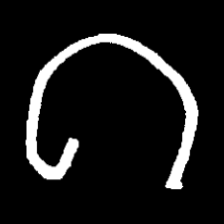
Pyu character \u2014 Myanmar letter: ဂ (romanized: ga)